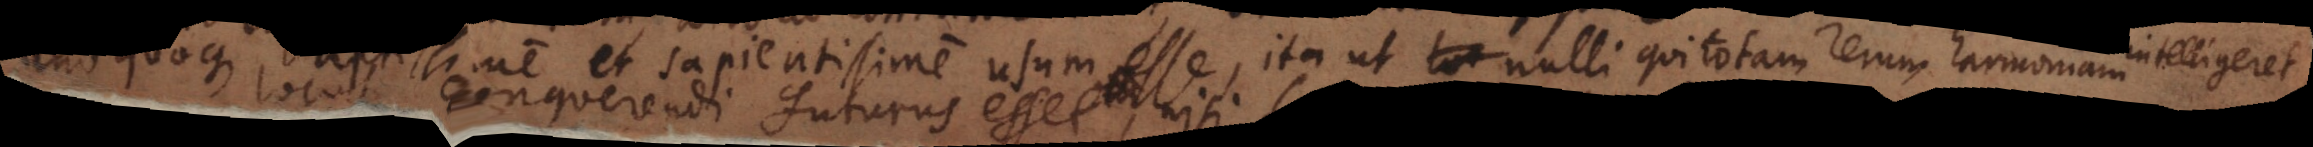
unoquoque aptissime et sapientissime usum esse, ita ut nulli qui totam rerum harmoniam intelligeret,